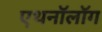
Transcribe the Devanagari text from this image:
एथनॉलॉग